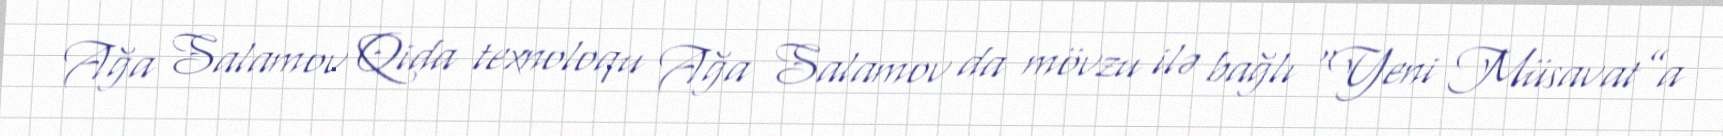
Ağa Salamov Qida texnoloqu Ağa Salamov da mövzu ilə bağlı “Yeni Müsavat”a